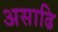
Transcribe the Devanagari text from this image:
असाढि